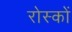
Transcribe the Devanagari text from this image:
रोस्कों